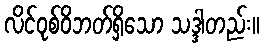
လိင်ဝုစ်ဝိဘတ်ရှိသော သဒ္ဒါတည်း။